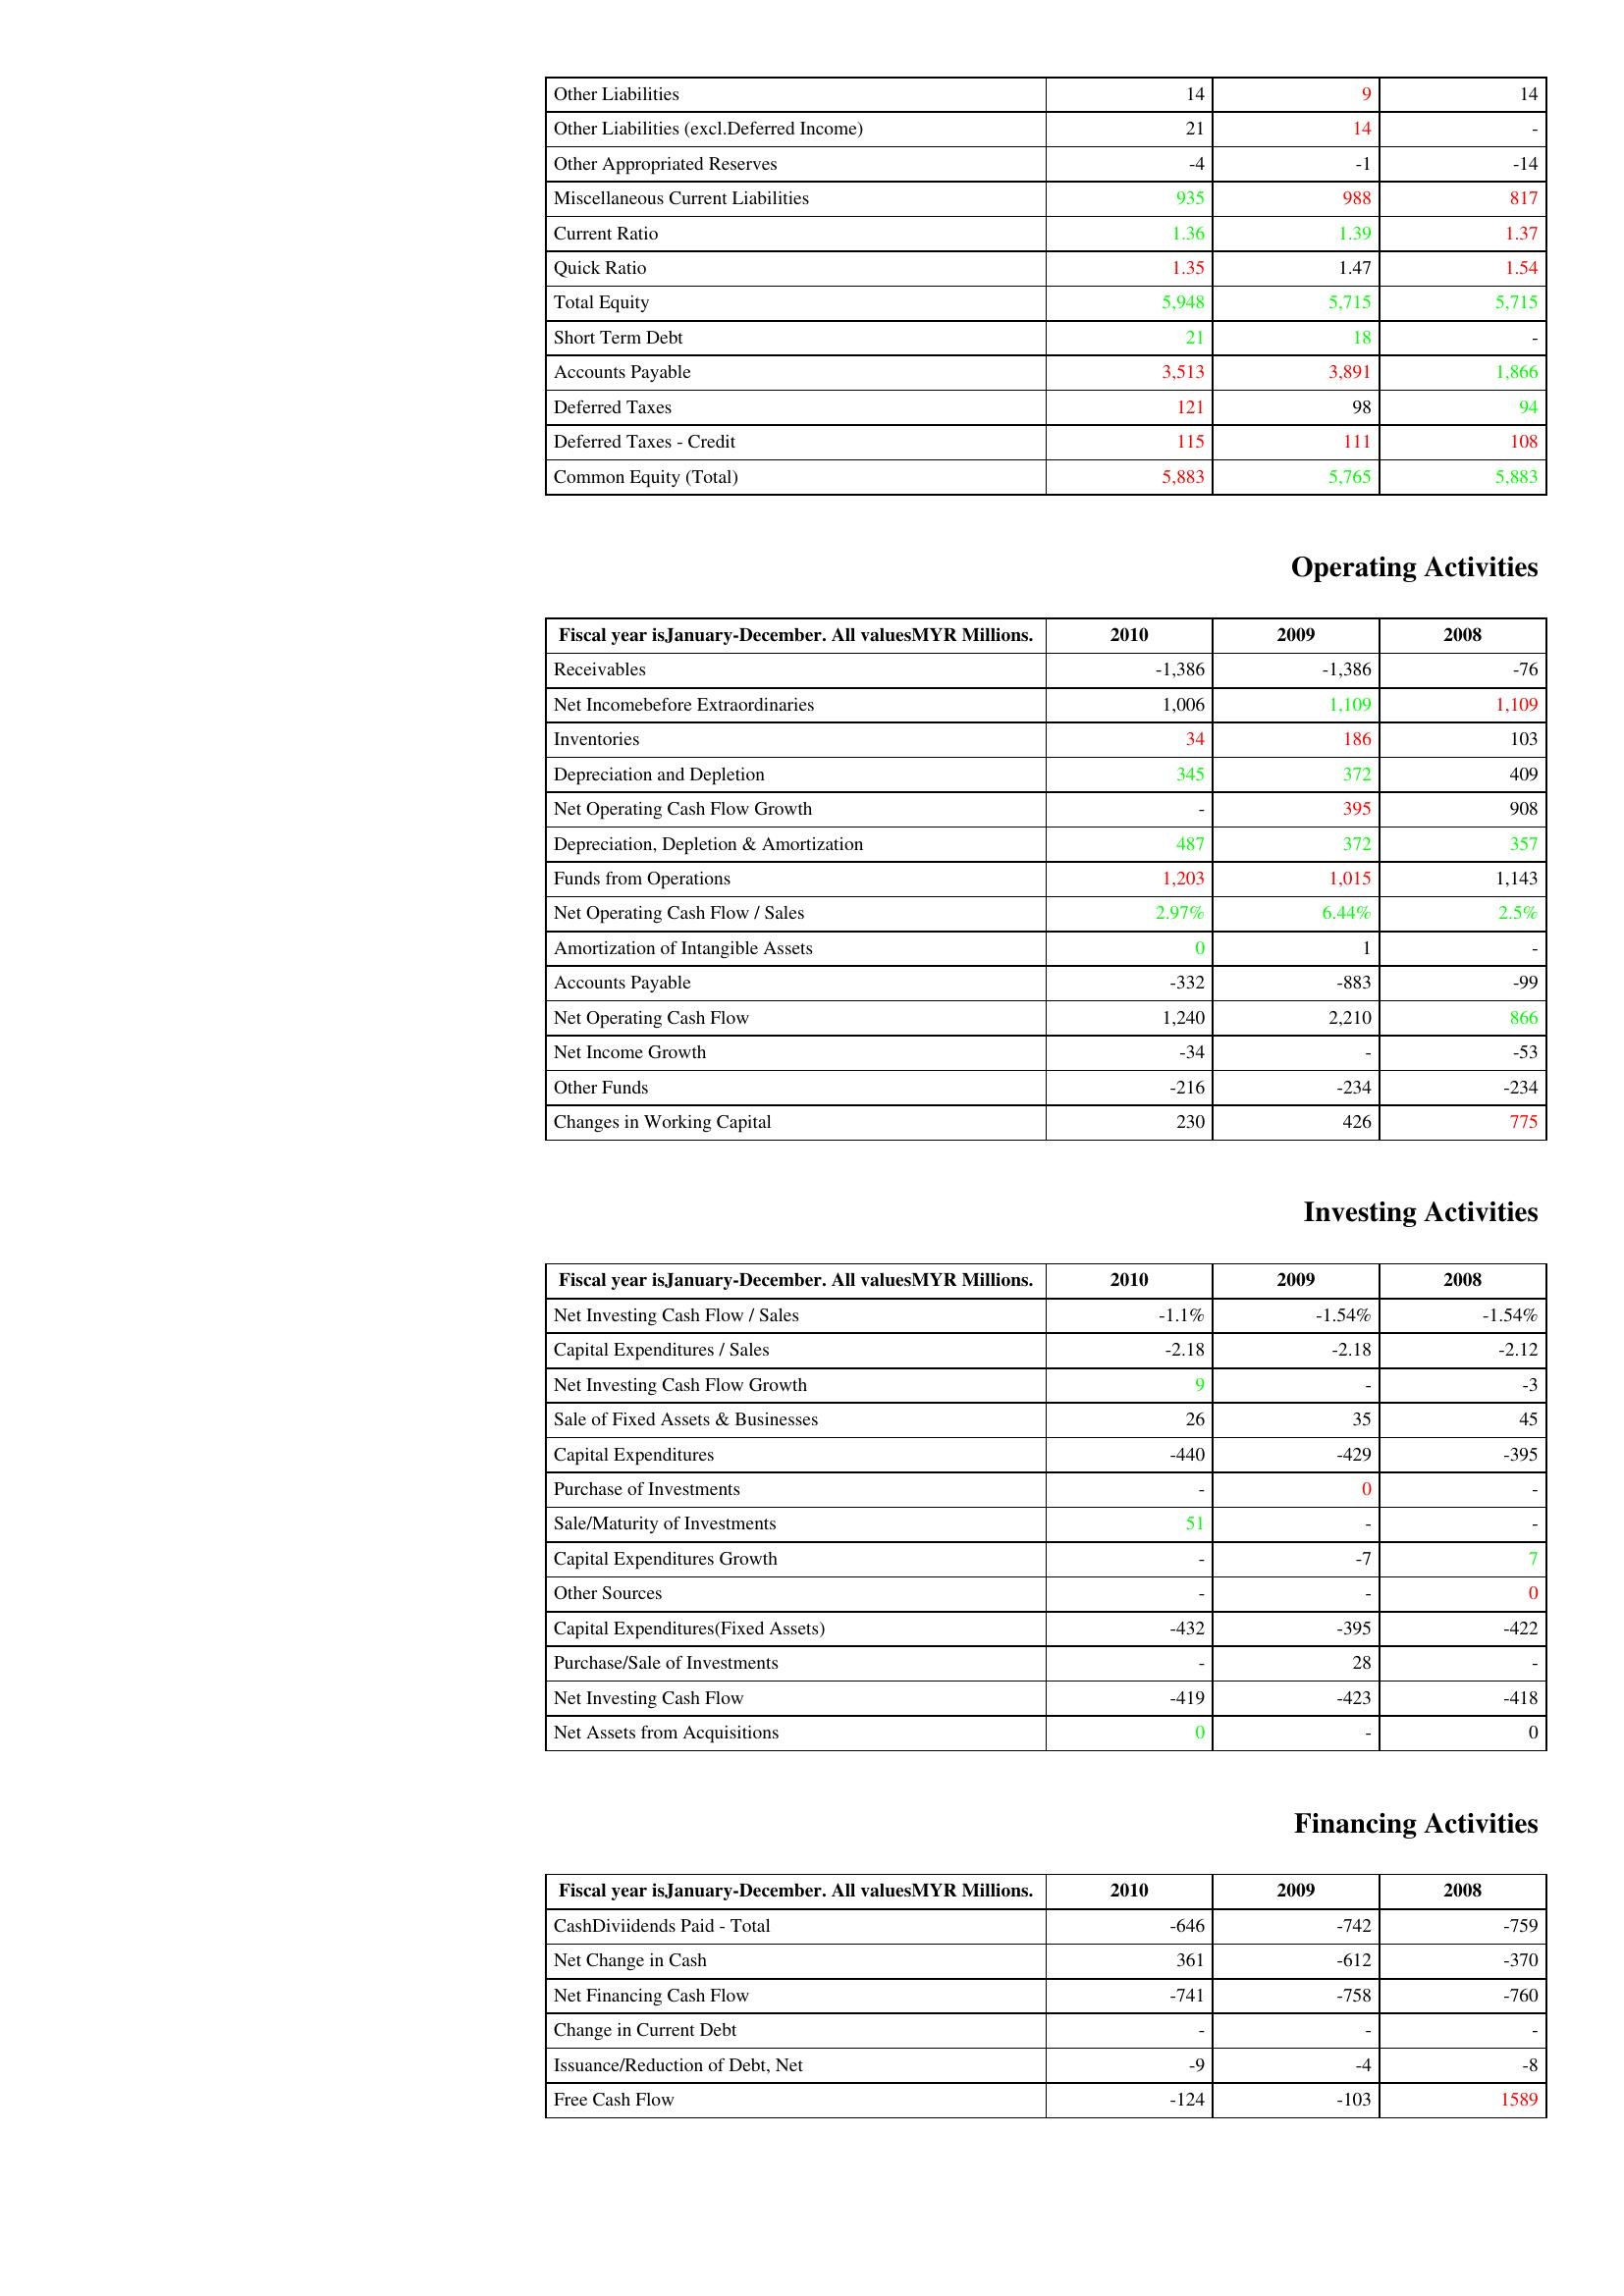
gt_parse: 2010: Liabilities & Shareholder's Equity: Other Liabilities: 14
Other Liabilities (excl.Deferred Income): 21
Other Appropriated Reserves: -4
Miscellaneous Current Liabilities: 935
Current Ratio: 1.36
Quick Ratio: 1.35
Total Equity: 5,948
Short Term Debt: 21
Accounts Payable: 3,513
Deferred Taxes: 121
Deferred Taxes - Credit: 115
Common Equity (Total): 5,883
Operating Activities: Receivables: -1,386
Net Incomebefore Extraordinaries: 1,006
Inventories: 34
Depreciation and Depletion: 345
Net Operating Cash Flow Growth: -
Depreciation, Depletion & Amortization: 487
Funds from Operations: 1,203
Net Operating Cash Flow / Sales: 2.97%
Amortization of Intangible Assets: 0
Accounts Payable: -332
Net Operating Cash Flow: 1,240
Net Income Growth: -34
Other Funds: -216
Changes in Working Capital: 230
Investing Activities: Net Investing Cash Flow / Sales: -1.1%
Capital Expenditures / Sales: -2.18
Net Investing Cash Flow Growth: 9
Sale of Fixed Assets & Businesses: 26
Capital Expenditures: -440
Purchase of Investments: -
Sale/Maturity of Investments: 51
Capital Expenditures Growth: -
Other Sources: -
Capital Expenditures(Fixed Assets): -432
Purchase/Sale of Investments: -
Net Investing Cash Flow: -419
Net Assets from Acquisitions: 0
Financing Activities: CashDiviidends Paid - Total: -646
Net Change in Cash: 361
Net Financing Cash Flow: -741
Change in Current Debt: -
Issuance/Reduction of Debt, Net: -9
Free Cash Flow: -124
2009: Liabilities & Shareholder's Equity: Other Liabilities: 9
Other Liabilities (excl.Deferred Income): 14
Other Appropriated Reserves: -1
Miscellaneous Current Liabilities: 988
Current Ratio: 1.39
Quick Ratio: 1.47
Total Equity: 5,715
Short Term Debt: 18
Accounts Payable: 3,891
Deferred Taxes: 98
Deferred Taxes - Credit: 111
Common Equity (Total): 5,765
Operating Activities: Receivables: -1,386
Net Incomebefore Extraordinaries: 1,109
Inventories: 186
Depreciation and Depletion: 372
Net Operating Cash Flow Growth: 395
Depreciation, Depletion & Amortization: 372
Funds from Operations: 1,015
Net Operating Cash Flow / Sales: 6.44%
Amortization of Intangible Assets: 1
Accounts Payable: -883
Net Operating Cash Flow: 2,210
Net Income Growth: -
Other Funds: -234
Changes in Working Capital: 426
Investing Activities: Net Investing Cash Flow / Sales: -1.54%
Capital Expenditures / Sales: -2.18
Net Investing Cash Flow Growth: -
Sale of Fixed Assets & Businesses: 35
Capital Expenditures: -429
Purchase of Investments: 0
Sale/Maturity of Investments: -
Capital Expenditures Growth: -7
Other Sources: -
Capital Expenditures(Fixed Assets): -395
Purchase/Sale of Investments: 28
Net Investing Cash Flow: -423
Net Assets from Acquisitions: -
Financing Activities: CashDiviidends Paid - Total: -742
Net Change in Cash: -612
Net Financing Cash Flow: -758
Change in Current Debt: -
Issuance/Reduction of Debt, Net: -4
Free Cash Flow: -103
2008: Liabilities & Shareholder's Equity: Other Liabilities: 14
Other Liabilities (excl.Deferred Income): -
Other Appropriated Reserves: -14
Miscellaneous Current Liabilities: 817
Current Ratio: 1.37
Quick Ratio: 1.54
Total Equity: 5,715
Short Term Debt: -
Accounts Payable: 1,866
Deferred Taxes: 94
Deferred Taxes - Credit: 108
Common Equity (Total): 5,883
Operating Activities: Receivables: -76
Net Incomebefore Extraordinaries: 1,109
Inventories: 103
Depreciation and Depletion: 409
Net Operating Cash Flow Growth: 908
Depreciation, Depletion & Amortization: 357
Funds from Operations: 1,143
Net Operating Cash Flow / Sales: 2.5%
Amortization of Intangible Assets: -
Accounts Payable: -99
Net Operating Cash Flow: 866
Net Income Growth: -53
Other Funds: -234
Changes in Working Capital: 775
Investing Activities: Net Investing Cash Flow / Sales: -1.54%
Capital Expenditures / Sales: -2.12
Net Investing Cash Flow Growth: -3
Sale of Fixed Assets & Businesses: 45
Capital Expenditures: -395
Purchase of Investments: -
Sale/Maturity of Investments: -
Capital Expenditures Growth: 7
Other Sources: 0
Capital Expenditures(Fixed Assets): -422
Purchase/Sale of Investments: -
Net Investing Cash Flow: -418
Net Assets from Acquisitions: 0
Financing Activities: CashDiviidends Paid - Total: -759
Net Change in Cash: -370
Net Financing Cash Flow: -760
Change in Current Debt: -
Issuance/Reduction of Debt, Net: -8
Free Cash Flow: 1589